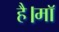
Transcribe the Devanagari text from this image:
है।माॅ